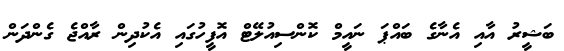
ބަޝީރު އާއި އެނާގެ ބައްޕަ ނައީމް ކޮންސިއުލޭޓް އޮފީހުގައި އެކުދިން ރާއްޖެ ގެންދަން